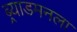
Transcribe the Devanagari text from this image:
ब्र्याडमनला